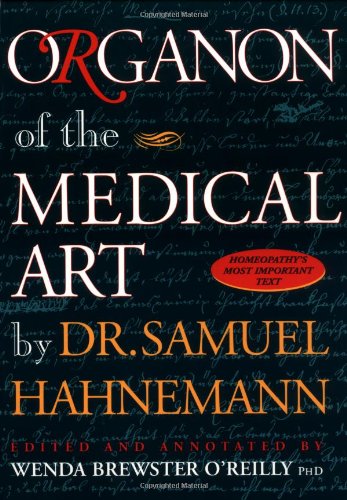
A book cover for Organon of the Medical Art; Wenda O'Reilly; Health, Fitness & Dieting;